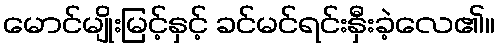
မောင်မျိုးမြင့်နှင့် ခင်မင်ရင်းနှီးခဲ့လေ၏။